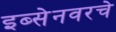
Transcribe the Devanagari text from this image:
इब्सेनवरचे